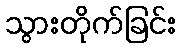
သွားတိုက်ခြင်း